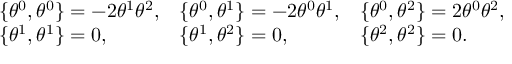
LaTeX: \begin{array} { l l l } { { \{ \theta ^ { 0 } , \theta ^ { 0 } \} = - 2 \theta ^ { 1 } \theta ^ { 2 } , } } & { { \{ \theta ^ { 0 } , \theta ^ { 1 } \} = - 2 \theta ^ { 0 } \theta ^ { 1 } , } } & { { \{ \theta ^ { 0 } , \theta ^ { 2 } \} = 2 \theta ^ { 0 } \theta ^ { 2 } , } } \\ { { \{ \theta ^ { 1 } , \theta ^ { 1 } \} = 0 , } } & { { \{ \theta ^ { 1 } , \theta ^ { 2 } \} = 0 , } } & { { \{ \theta ^ { 2 } , \theta ^ { 2 } \} = 0 . } } \end{array}